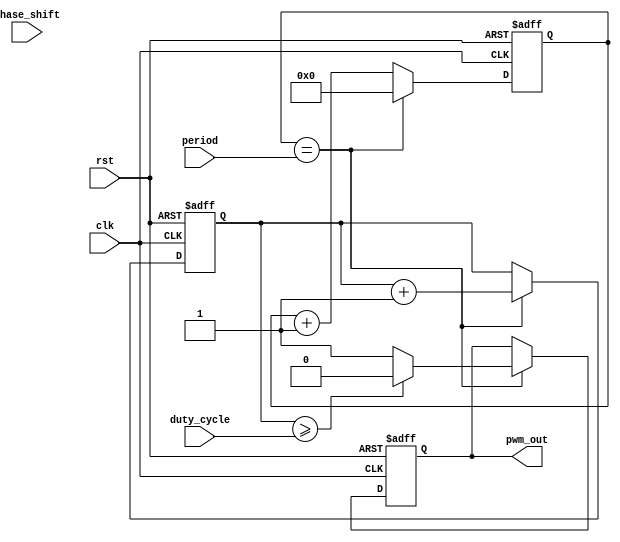
module pwm_generator (
    input wire clk,
    input wire rst,
    input wire [7:0] duty_cycle,
    input wire [15:0] period,
    input wire [7:0] phase_shift,
    output reg pwm_out
);

reg [15:0] counter;
reg [7:0] duty_counter;

always @(posedge clk or posedge rst) begin
    if (rst) begin
        counter <= 16'd0;
        duty_counter <= 8'd0;
        pwm_out <= 1'b0;
    end else begin
        counter <= counter + 1;
        
        if (counter == period) begin
            counter <= 16'd0;
            duty_counter <= duty_counter + 1;
            
            if (duty_counter >= duty_cycle) begin
                pwm_out <= 1'b0;
            end else begin
                pwm_out <= 1'b1;
            end
        end
    end
end

endmodule